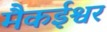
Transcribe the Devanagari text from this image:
मैकईश्वर